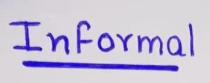
Informal